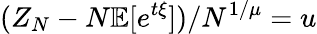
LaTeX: (Z_{N}-N\mathbb{E}[e^{t\xi}])/N^{1/\mu}=u